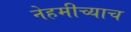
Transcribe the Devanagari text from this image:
नेहमीच्याच